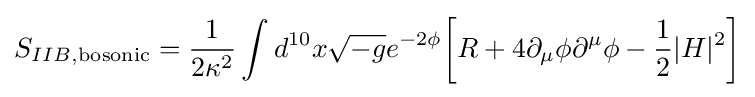
S_{IIB,{\text{bosonic}}}={\frac {1}{2\kappa ^{2}}}\int d^{10}x{\sqrt {-g}}e^{-2\phi }{\bigg [}R+4\partial _{\mu }\phi \partial ^{\mu }\phi -{\frac {1}{2}}|H|^{2}{\bigg ]}